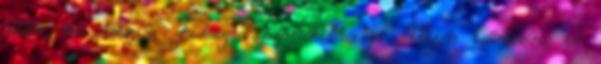
után mi lesz a Fidesz kommunikációja. Vajon továbbra is